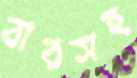
বারসহ